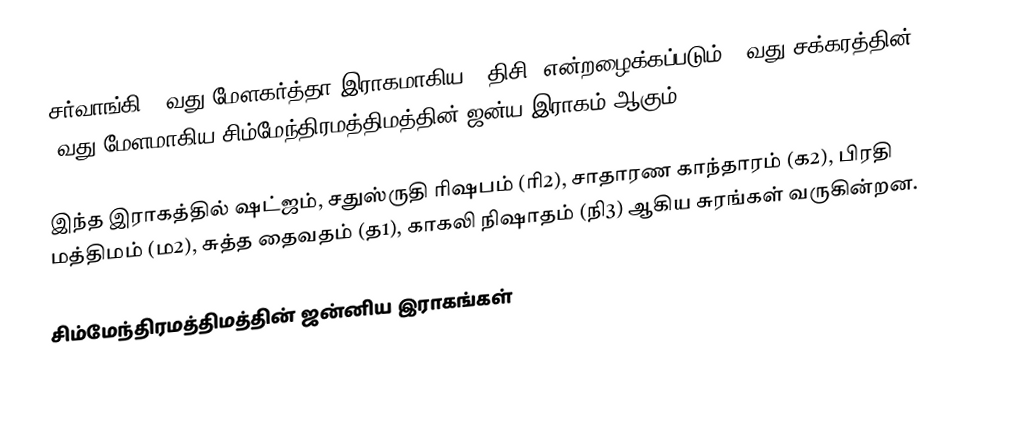
சர்வாங்கி 57வது மேளகர்த்தா இராகமாகிய, "திசி" என்றழைக்கப்படும் 10வது சக்கரத்தின் 3வது மேளமாகிய சிம்மேந்திரமத்திமத்தின் ஜன்ய இராகம் ஆகும்.

இந்த இராகத்தில் ஷட்ஜம், சதுஸ்ருதி ரிஷபம் (ரி2),  சாதாரண காந்தாரம் (க2), பிரதி மத்திமம் (ம2), சுத்த தைவதம் (த1), காகலி நிஷாதம்  (நி3) ஆகிய சுரங்கள் வருகின்றன.

சிம்மேந்திரமத்திமத்தின் ஜன்னிய இராகங்கள்